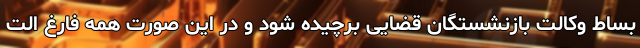
بساط وکالت بازنشستگان قضایی برچیده شود و در این صورت همه فارغ الت